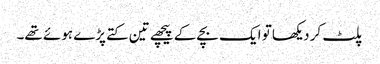
پلٹ کر دیکھا تو ایک بچے کے پیچھے تین کتے پڑے ہوئے تھے۔